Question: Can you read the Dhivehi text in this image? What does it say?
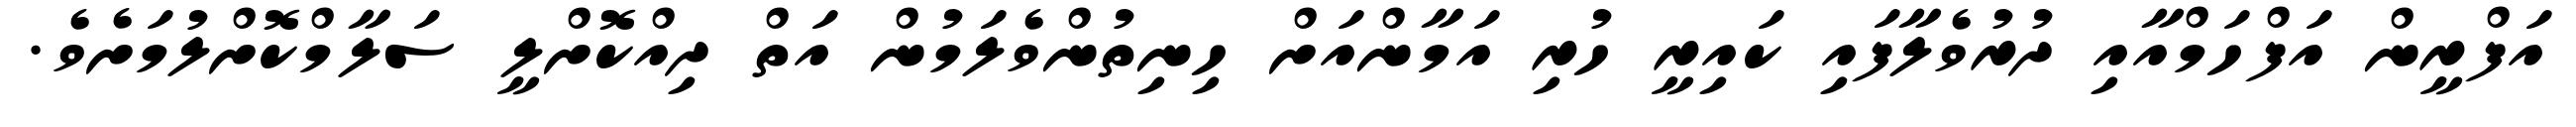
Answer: އަފްރީން އަފްހަމްއާއި ދުރުވެލާފައި ކައިރީ ހުރި އަމާންއަށް ހިނިތުންވެލަމުން އަތް ދިއްކޮށްލީ ސަލާމްކޮށްލުމަށެވެ.